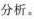
分析。